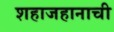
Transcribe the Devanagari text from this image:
शहाजहानाची